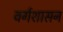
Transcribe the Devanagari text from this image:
वर्गशासन